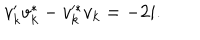
LaTeX: v _ { k } ^ { \prime } v _ { k } ^ { * } - v _ { k } ^ { * } v _ { k } = - 2 i .